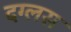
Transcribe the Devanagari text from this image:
दग्लस